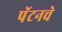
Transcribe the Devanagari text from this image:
पॅटनचे